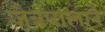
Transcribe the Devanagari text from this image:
जैत्रपालाने